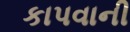
કાપવાની